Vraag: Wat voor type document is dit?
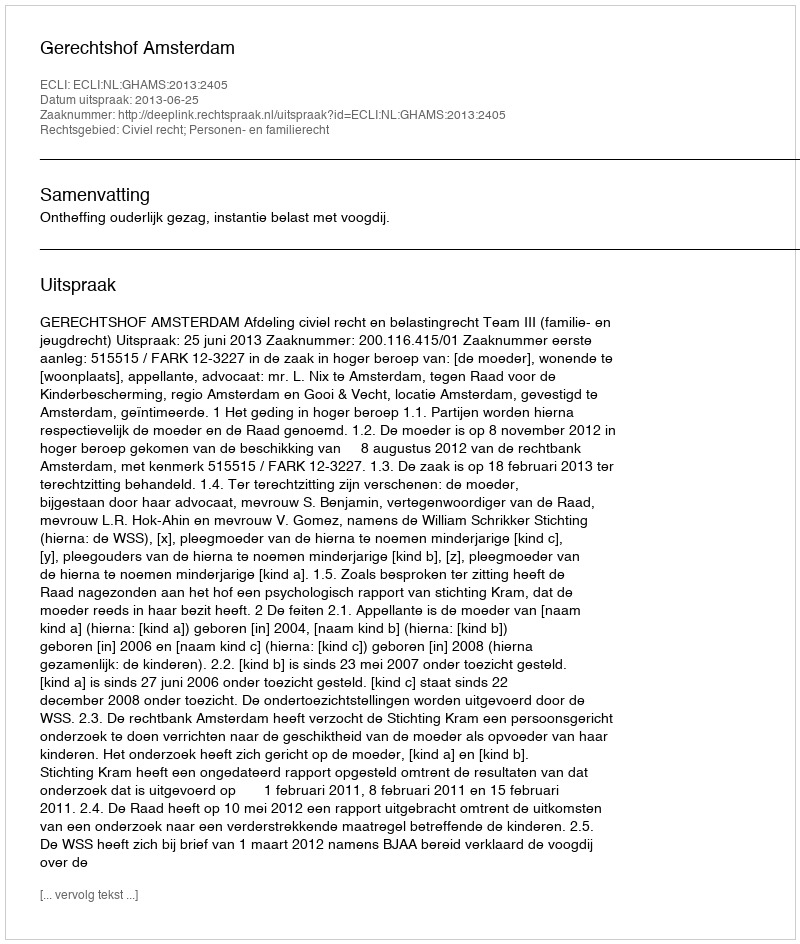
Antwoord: Uitspraak